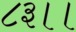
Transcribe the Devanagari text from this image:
८३।।